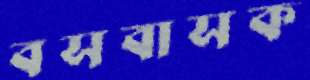
বসবাসক